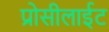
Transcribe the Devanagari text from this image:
प्रोसीलाईट